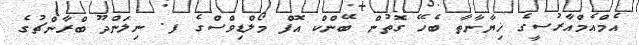
އެމްއެމްއާރުސީގެ ޚިޔާނާތާ ބެހޭ ގޮތުން ބޭންކް އޮފް މޯލްޑިވްސްގެ ފ. ނިލަންދޫ ބްރާންޗުގެ